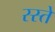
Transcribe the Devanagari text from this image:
स्स्ते